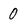
Character: 0